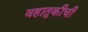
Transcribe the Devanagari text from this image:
वहातुकीची